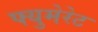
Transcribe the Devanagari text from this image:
फ्युमेरेट